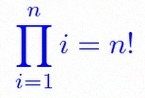
\prod_{i=1}^{n}i=n!